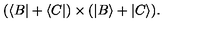
( \langle B | + \langle C | ) \times ( | B \rangle + | C \rangle ) .